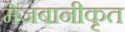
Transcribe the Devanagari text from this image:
मेजबानीकृत